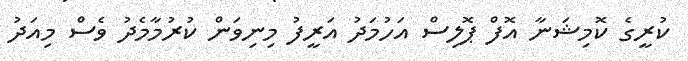
ކުރީގެ ކޮމިޝަނާ އޮފް ޕޮލިސް އަހުމަދު އަރީފު މިނިވަން ކުރުމާމެދު ވެސް މިއަދު